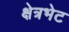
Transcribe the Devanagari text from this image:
क्षेत्रभेट